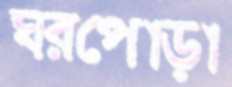
ঘরপোড়া